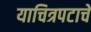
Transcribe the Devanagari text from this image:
याचित्रपटाचे